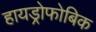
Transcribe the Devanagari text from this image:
हायड्रोफोबिक